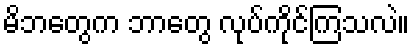
မိဘတွေက ဘာတွေ လုပ်ကိုင်ကြသလဲ။